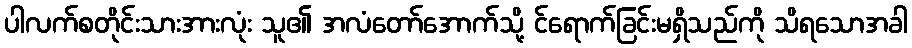
ပါလက်စတိုင်းသားအားလုံး သူ၏ အလံတော်အောက်သို့ င်ရောက်ခြင်းမရှိသည်ကို သိရသောအခါ